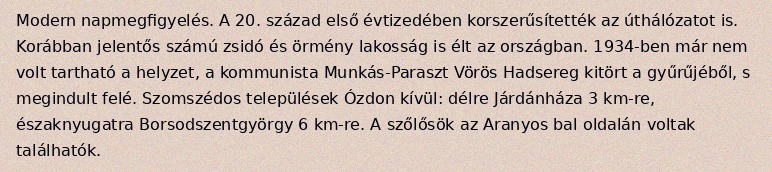
Modern napmegfigyelés. A 20. század első évtizedében korszerűsítették az úthálózatot is. Korábban jelentős számú zsidó és örmény lakosság is élt az országban. 1934-ben már nem volt tartható a helyzet, a kommunista Munkás-Paraszt Vörös Hadsereg kitört a gyűrűjéből, s megindult felé. Szomszédos települések Ózdon kívül: délre Járdánháza 3 km-re, északnyugatra Borsodszentgyörgy 6 km-re. A szőlősök az Aranyos bal oldalán voltak találhatók.